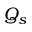
Q _ { s }